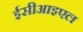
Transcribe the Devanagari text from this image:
ईसीआइएल